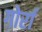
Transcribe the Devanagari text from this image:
गोर्रा